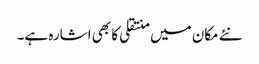
نئے مکان میں منتقلی کا بھی اشارہ ہے۔